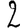
Digit: 2